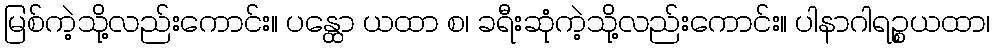
မြစ်ကဲ့သို့လည်းကောင်း။ ပန္ထော ယထာ စ၊ ခရီးဆုံကဲ့သို့လည်းကောင်း။ ပါနာဂါရဉ္စယထာ၊